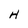
Character: H